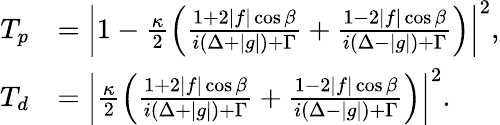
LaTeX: \begin{array}{rl}{T_{p}}&{=\left|1-\frac{\kappa}{2}\left(\frac{1+2|f|\cos\beta}{i(\Delta+|g|)+\Gamma}+\frac{1-2|f|\cos\beta}{i(\Delta-|g|)+\Gamma}\right)\right|^{2},}\\ {T_{d}}&{=\left|\frac{\kappa}{2}\left(\frac{1+2|f|\cos\beta}{i(\Delta+|g|)+\Gamma}+\frac{1-2|f|\cos\beta}{i(\Delta-|g|)+\Gamma}\right)\right|^{2}.}\end{array}